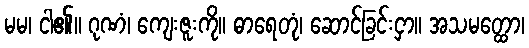
မမ၊ ငါ၏။ ဂုဏံ၊ ကျေးဇူးကို။ ဓာရေတုံ၊ ဆောင်ခြင်းငှာ။ အသမတ္ထော၊